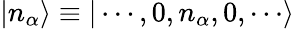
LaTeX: |n_{\alpha}\rangle\equiv|\cdots,0,n_{\alpha},0,\cdots\rangle